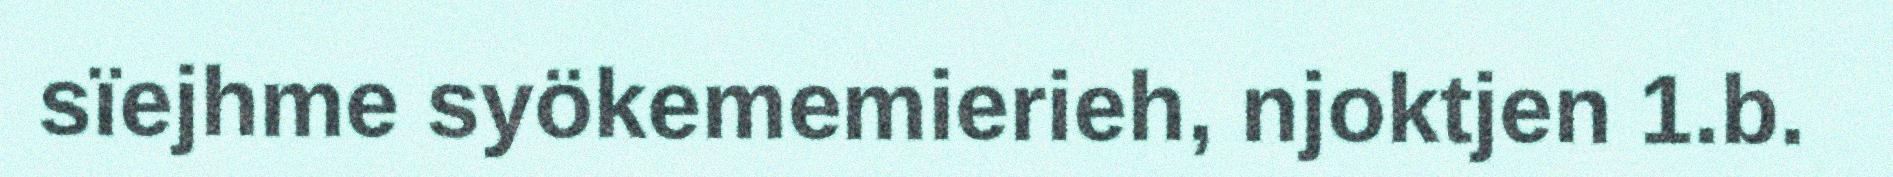
sïejhme syökememierieh, njoktjen 1.b.